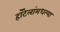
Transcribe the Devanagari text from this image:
हॉटेलांमधल्या